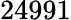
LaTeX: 24991